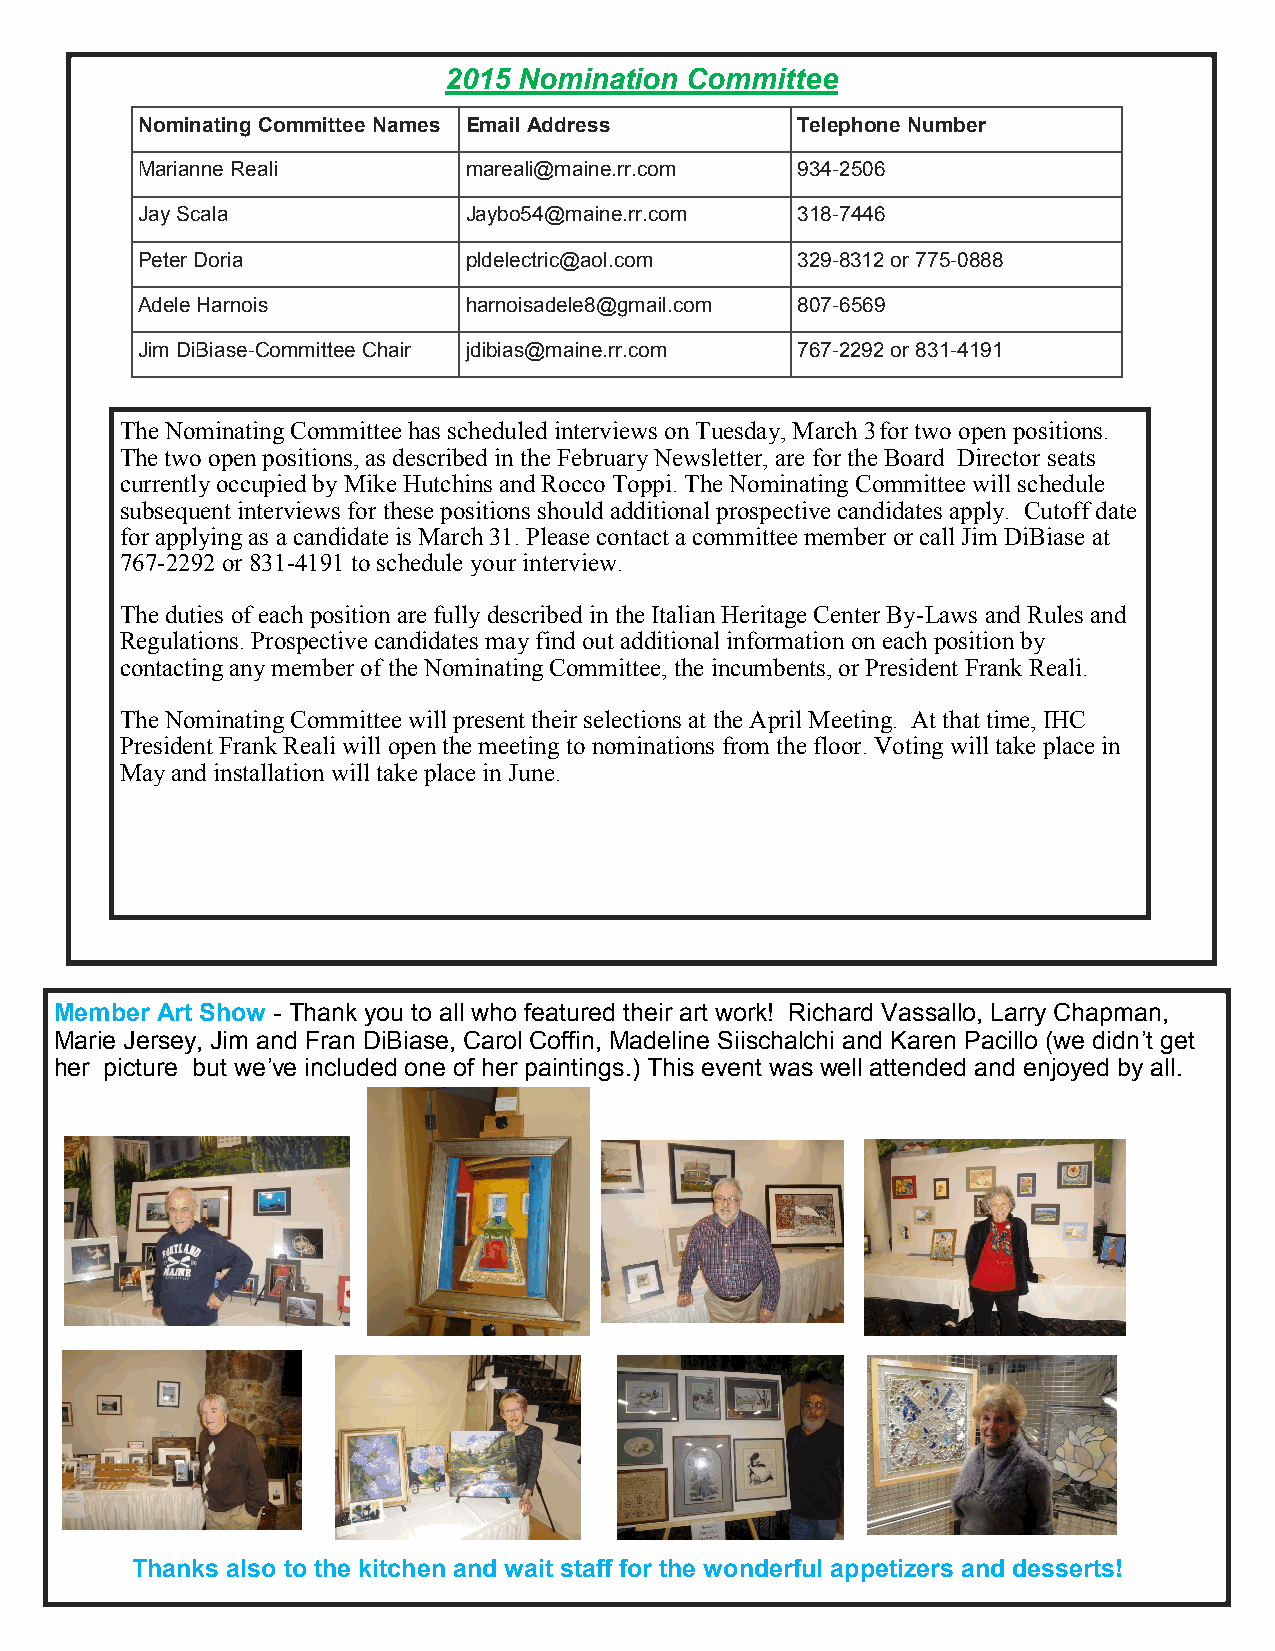
2015 Nomination Committee
 Nominating Committee Names Email Address    Telephone Number
 Marianne Reali        mareali@maine.rr.com  934-2506
 Jay Scala             Jaybo54@maine.rr.com  318-7446
 Peter Doria           pldelectric@aol.com   329-8312 or 775-0888
 Adele Harnois         harnoisadele8@gmail.com 807-6569
 Jim DiBiase-Committee Chair jdibias@maine.rr.com 767-2292 or 831-4191
 The Nominating Committee has scheduled interviews on Tuesday, March 3 for two open positions.
 The two open positions, as described in the February Newsletter, are for the Board Director seats
 currently occupied by Mike Hutchins and Rocco Toppi. The Nominating Committee will schedule
 subsequent interviews for these positions should additional prospective candidates apply. Cutoff date
 for applying as a candidate is March 31. Please contact a committee member or call Jim DiBiase at
 767-2292 or 831-4191 to schedule your interview.
 The duties of each position are fully described in the Italian Heritage Center By-Laws and Rules and
 Regulations. Prospective candidates may find out additional information on each position by
 contacting any member of the Nominating Committee, the incumbents, or President Frank Reali.
 The Nominating Committee will present their selections at the April Meeting. At that time, IHC
 President Frank Reali will open the meeting to nominations from the floor. Voting will take place in
 May and installation will take place in June.
 Member Art Show - Thank you to all who featured their art work! Richard Vassallo, Larry Chapman,
 Marie Jersey, Jim and Fran DiBiase, Carol Coffin, Madeline Siischalchi and Karen Pacillo (we didn’t get
 her picture but we’ve included one of her paintings.) This event was well attended and enjoyed by all.
 Thanks also to the kitchen and wait staff for the wonderful appetizers and desserts!